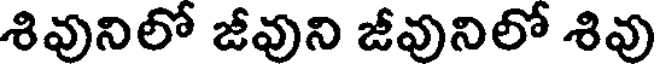
శివునిలో జీవుని జీవునిలో శివు